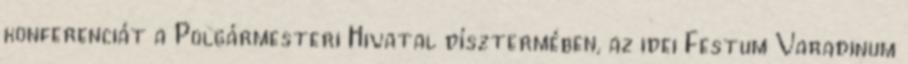
konferenciát a Polgármesteri Hivatal dísztermében, az idei Festum Varadinum